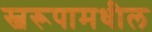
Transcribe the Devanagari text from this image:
स्वरूपामधील